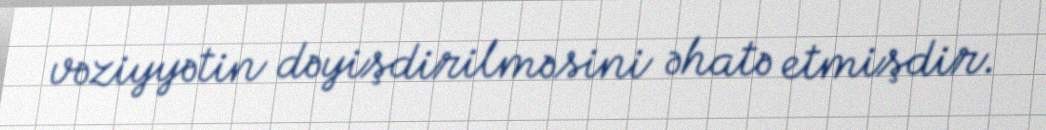
vəziyyətin dəyişdirilməsini əhatə etmişdir.